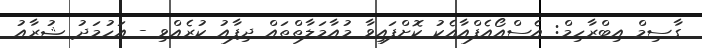
ގާސިމް އިބްރާހިމް: އެސްއޯއެފްއާއެކު ކޮށްފައިވާ މުއާމަލާތްތައް ދިފާއު ކުރެއްވި - އަހުމަދު ޝުރާއު